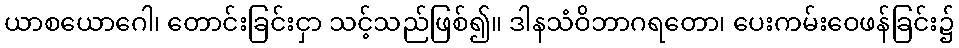
ယာစယောဂေါ၊ တောင်းခြင်းငှာ သင့်သည်ဖြစ်၍။ ဒါနသံဝိဘာဂရတော၊ ပေးကမ်းဝေဖန်ခြင်း၌